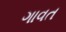
ગાવત